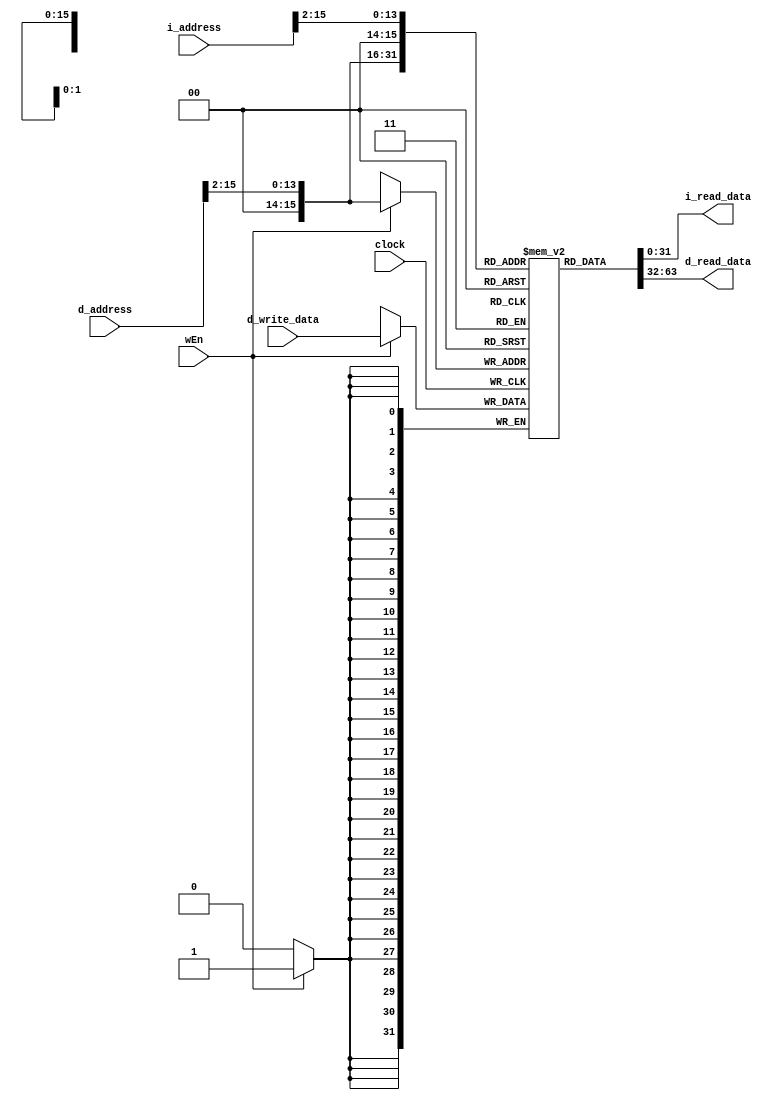
// Ritam Das & Jason Hu

module ram #(
  parameter DATA_WIDTH = 32,
  parameter ADDR_WIDTH = 16
) (
  input  clock,

  // Instruction Port
  input  [ADDR_WIDTH-1:0] i_address, //2^16 - 1 max
  output [DATA_WIDTH-1:0] i_read_data, 

  // Data Port
  input  wEn,
  input  [ADDR_WIDTH-1:0] d_address, 
  input  [DATA_WIDTH-1:0] d_write_data,
  output [DATA_WIDTH-1:0] d_read_data

);

localparam RAM_DEPTH = 1 << ADDR_WIDTH; 

reg [DATA_WIDTH-1:0] ram [0:RAM_DEPTH-1]; // (2^16-1) by 32bit


/*code*/


//combinational reads (word-aligned)

assign d_read_data = ram[d_address[ADDR_WIDTH-1:2]];
assign i_read_data = ram[i_address[ADDR_WIDTH-1:2]]; 

//synchronous writes

always @(posedge clock) begin
	if (wEn==1) begin
		ram[d_address[ADDR_WIDTH-1:2]]<=d_write_data;
	end
end

endmodule